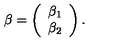
\beta = \left( \begin{array} { c } { \beta _ { 1 } } \\ { \beta _ { 2 } } \\ \end{array} \right) .